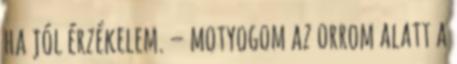
ha jól érzékelem. – motyogom az orrom alatt a